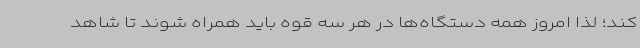
کند؛ لذا امروز همه دستگاه‌ها در هر سه قوه باید همراه شوند تا شاهد